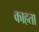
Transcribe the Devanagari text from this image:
काहता